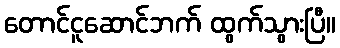
တောင်ငူဆောင်ဘက် ထွက်သွားပြီ။